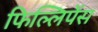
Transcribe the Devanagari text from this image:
फिल्लिपेंस